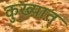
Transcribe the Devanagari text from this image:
कुख्यात्